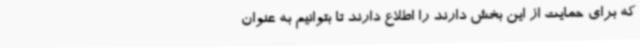
که برای حمایت از این بخش دارند را اطلاع دارند تا بتوانیم به عنوان